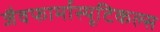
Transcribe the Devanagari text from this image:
जैवफार्मास्यूटिकल्स